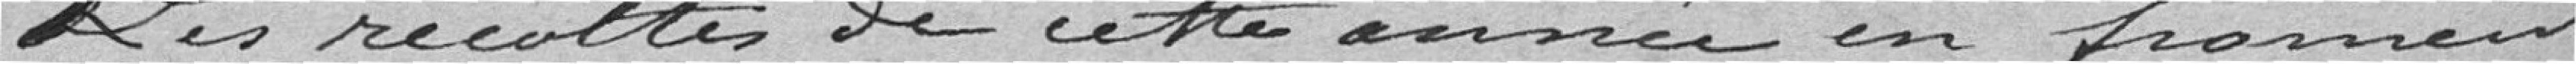
Les récoltes de cette année en froment